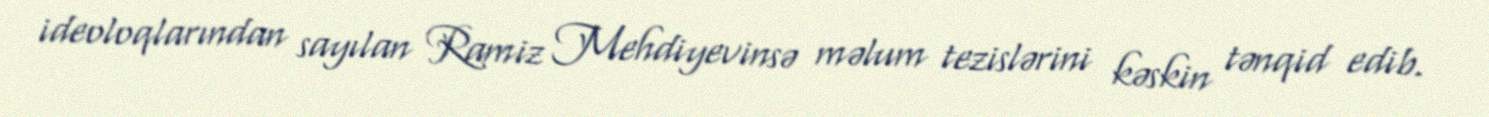
ideoloqlarından sayılan Ramiz Mehdiyevinsə məlum tezislərini kəskin tənqid edib.